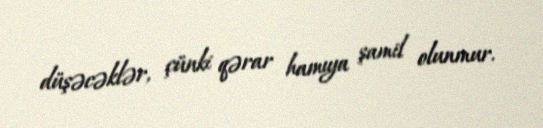
düşəcəklər, çünki qərar hamıya şamil olunmur.